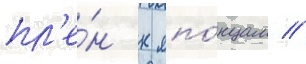
пл'е́н к япо́нцам //